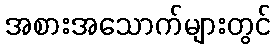
အစားအသောက်များတွင်